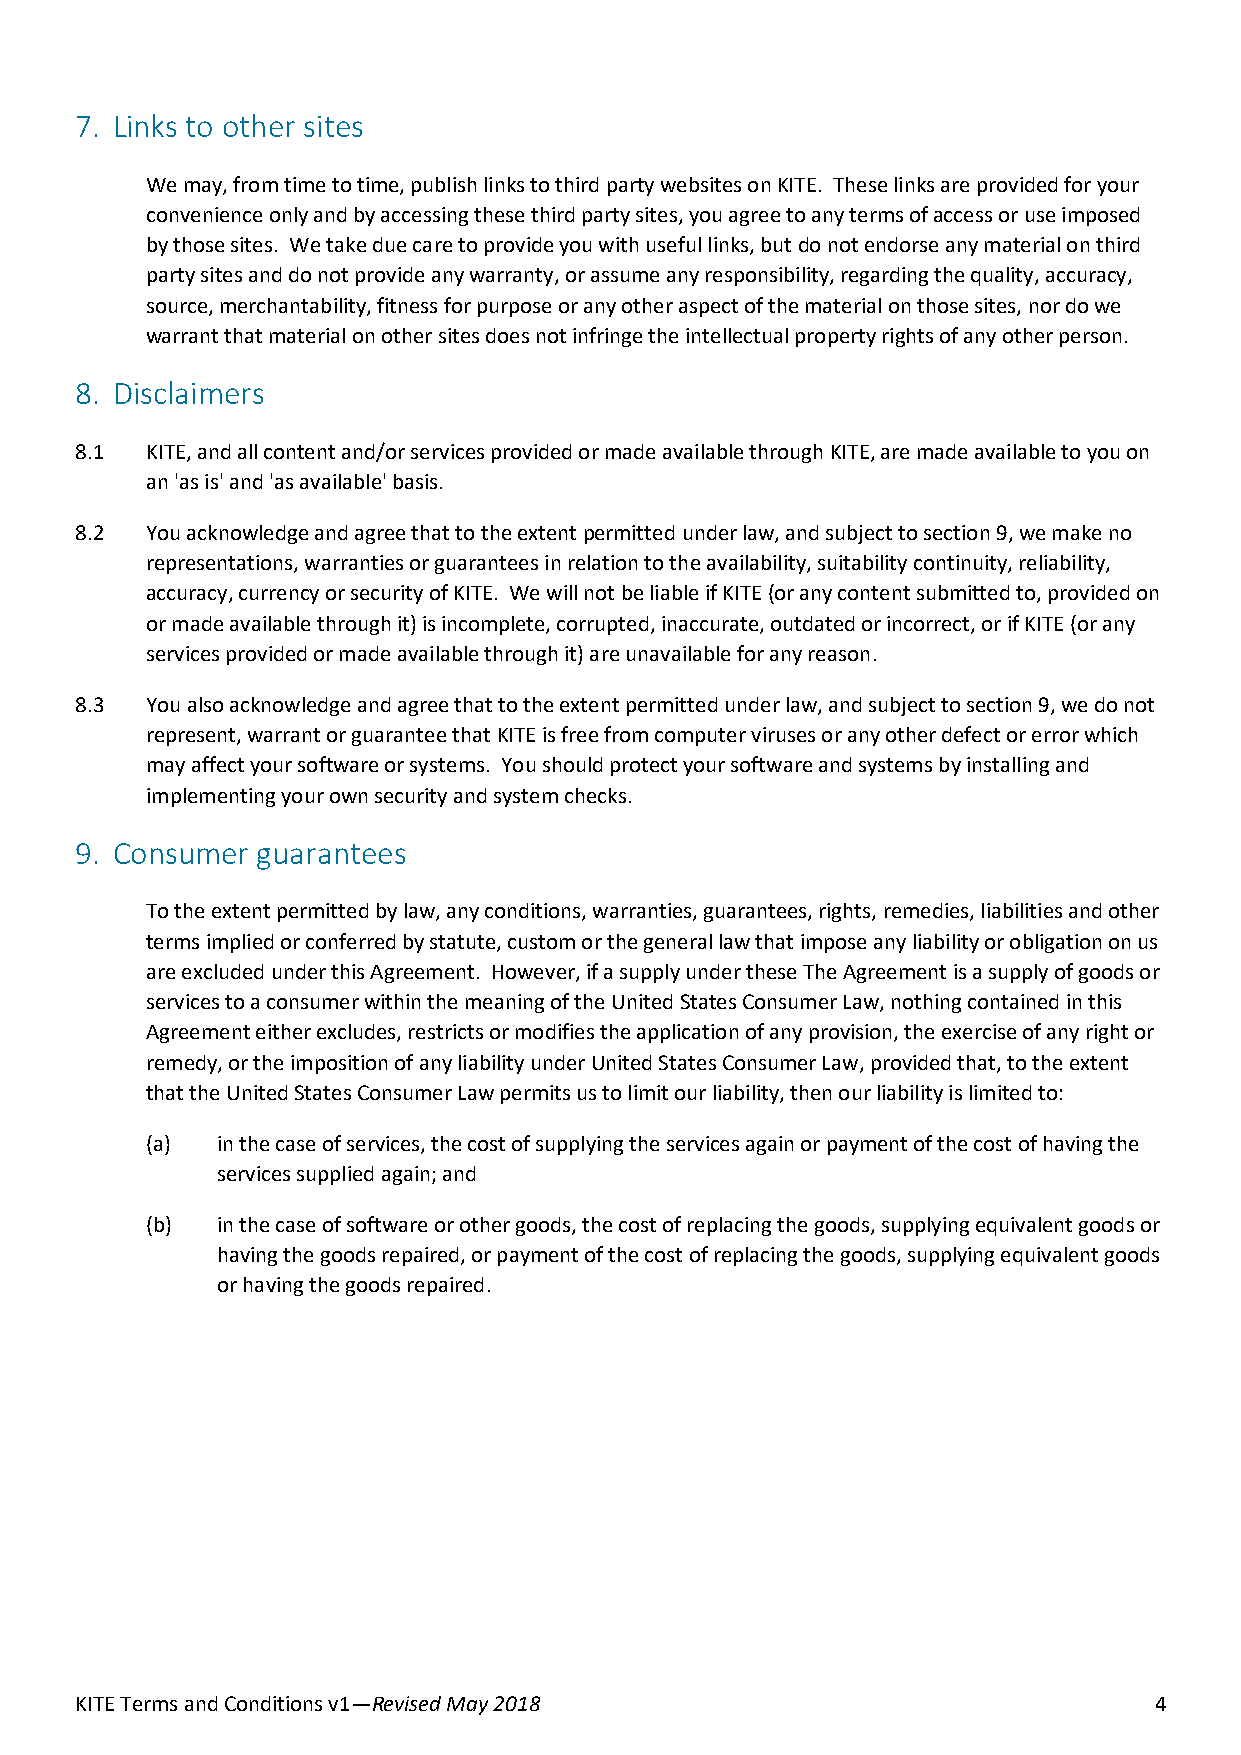
7. Links to other sites
 We may, from time to time, publish links to third party websites on KITE. These links are provided for your
 convenience only and by accessing these third party sites, you agree to any terms of access or use imposed
 by those sites. We take due care to provide you with useful links, but do not endorse any material on third
 party sites and do not provide any warranty, or assume any responsibility, regarding the quality, accuracy,
 source, merchantability, fitness for purpose or any other aspect of the material on those sites, nor do we
 warrant that material on other sites does not infringe the intellectual property rights of any other person.
 8. Disclaimers
 8.1  KITE, and all content and/or services provided or made available through KITE, are made available to you on
 an 'as is' and 'as available' basis.
 8.2  You acknowledge and agree that to the extent permitted under law, and subject to section 9, we make no
 representations, warranties or guarantees in relation to the availability, suitability continuity, reliability,
 accuracy, currency or security of KITE. We will not be liable if KITE (or any content submitted to, provided on
 or made available through it) is incomplete, corrupted, inaccurate, outdated or incorrect, or if KITE (or any
 services provided or made available through it) are unavailable for any reason.
 8.3  You also acknowledge and agree that to the extent permitted under law, and subject to section 9, we do not
 represent, warrant or guarantee that KITE is free from computer viruses or any other defect or error which
 may affect your software or systems. You should protect your software and systems by installing and
 implementing your own security and system checks.
 9. Consumer guarantees
 To the extent permitted by law, any conditions, warranties, guarantees, rights, remedies, liabilities and other
 terms implied or conferred by statute, custom or the general law that impose any liability or obligation on us
 are excluded under this Agreement. However, if a supply under these The Agreement is a supply of goods or
 services to a consumer within the meaning of the United States Consumer Law, nothing contained in this
 Agreement either excludes, restricts or modifies the application of any provision, the exercise of any right or
 remedy, or the imposition of any liability under United States Consumer Law, provided that, to the extent
 that the United States Consumer Law permits us to limit our liability, then our liability is limited to:
 (a) in the case of services, the cost of supplying the services again or payment of the cost of having the
 services supplied again; and
 (b) in the case of software or other goods, the cost of replacing the goods, supplying equivalent goods or
 having the goods repaired, or payment of the cost of replacing the goods, supplying equivalent goods
 or having the goods repaired.
 KITE Terms and Conditions v1—Revised May 2018                          4